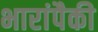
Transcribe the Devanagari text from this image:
भारांपैकी